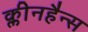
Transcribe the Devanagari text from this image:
क्लीनहैन्स